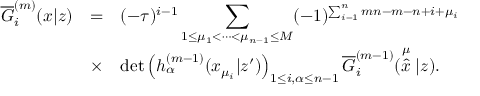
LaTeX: \begin{array} { r c l } { { \overline { { { G } } } _ { i } ^ { ( m ) } ( x | z ) } } & { { = } } & { { ( - \tau ) ^ { i - 1 } \displaystyle \sum _ { 1 \leq \mu _ { 1 } < \cdots < \mu _ { n - 1 } \leq M } ( - 1 ) ^ { \sum _ { i = 1 } ^ { n } m n - m - n + i + \mu _ { i } } } } \\ { { } } & { { \times } } & { { \operatorname * { d e t } \left( h _ { \alpha } ^ { ( m - 1 ) } ( x _ { \mu _ { i } } | z ^ { \prime } ) \right) _ { 1 \leq i , \alpha \leq n - 1 } \overline { { { G } } } _ { i } ^ { ( m - 1 ) } ( \stackrel { \mu } { \hat { x } } | z ) . } } \end{array}